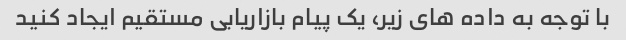
با توجه به داده های زیر، یک پیام بازاریابی مستقیم ایجاد کنید